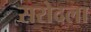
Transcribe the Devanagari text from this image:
सरोदला